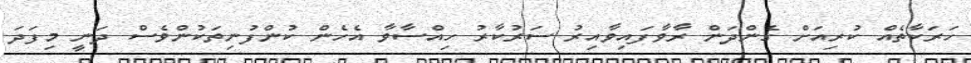
ހަރަކާތެއް ކުރިއަށް ގެންދަން ރާވާފައިވާއިރު ސަރުކާރު ހިއްސާވާ އެހެން ކުންފުނިތަކުންވެސް ދަނީ މިފަދަ